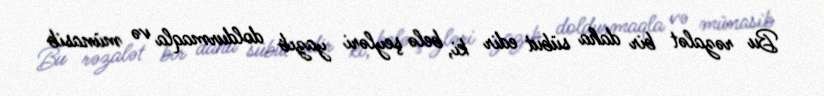
Bu rəzalət bir daha sübut edir ki, belə şeyləri yazıb doldurmaqla və münasib